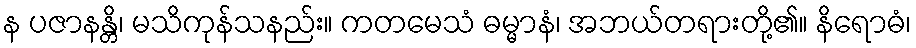
န ပဇာနန္တိ၊ မသိကုန်သနည်း။ ကတမေသံ ဓမ္မာနံ၊ အဘယ်တရားတို့၏။ နိရောဓံ၊